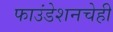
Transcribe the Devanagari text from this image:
फाउंडेशनचेही